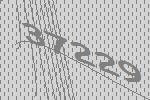
37229